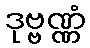
ဒုဗ္ဗဏ္ဏံ